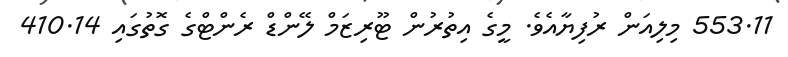
553.11 މިލިއަން ރުފިޔާއެވެ. މީގެ އިތުރުން ޓޫރިޒަމް ލޭންޑް ރެންޓްގެ ގޮތުގައި 410.14